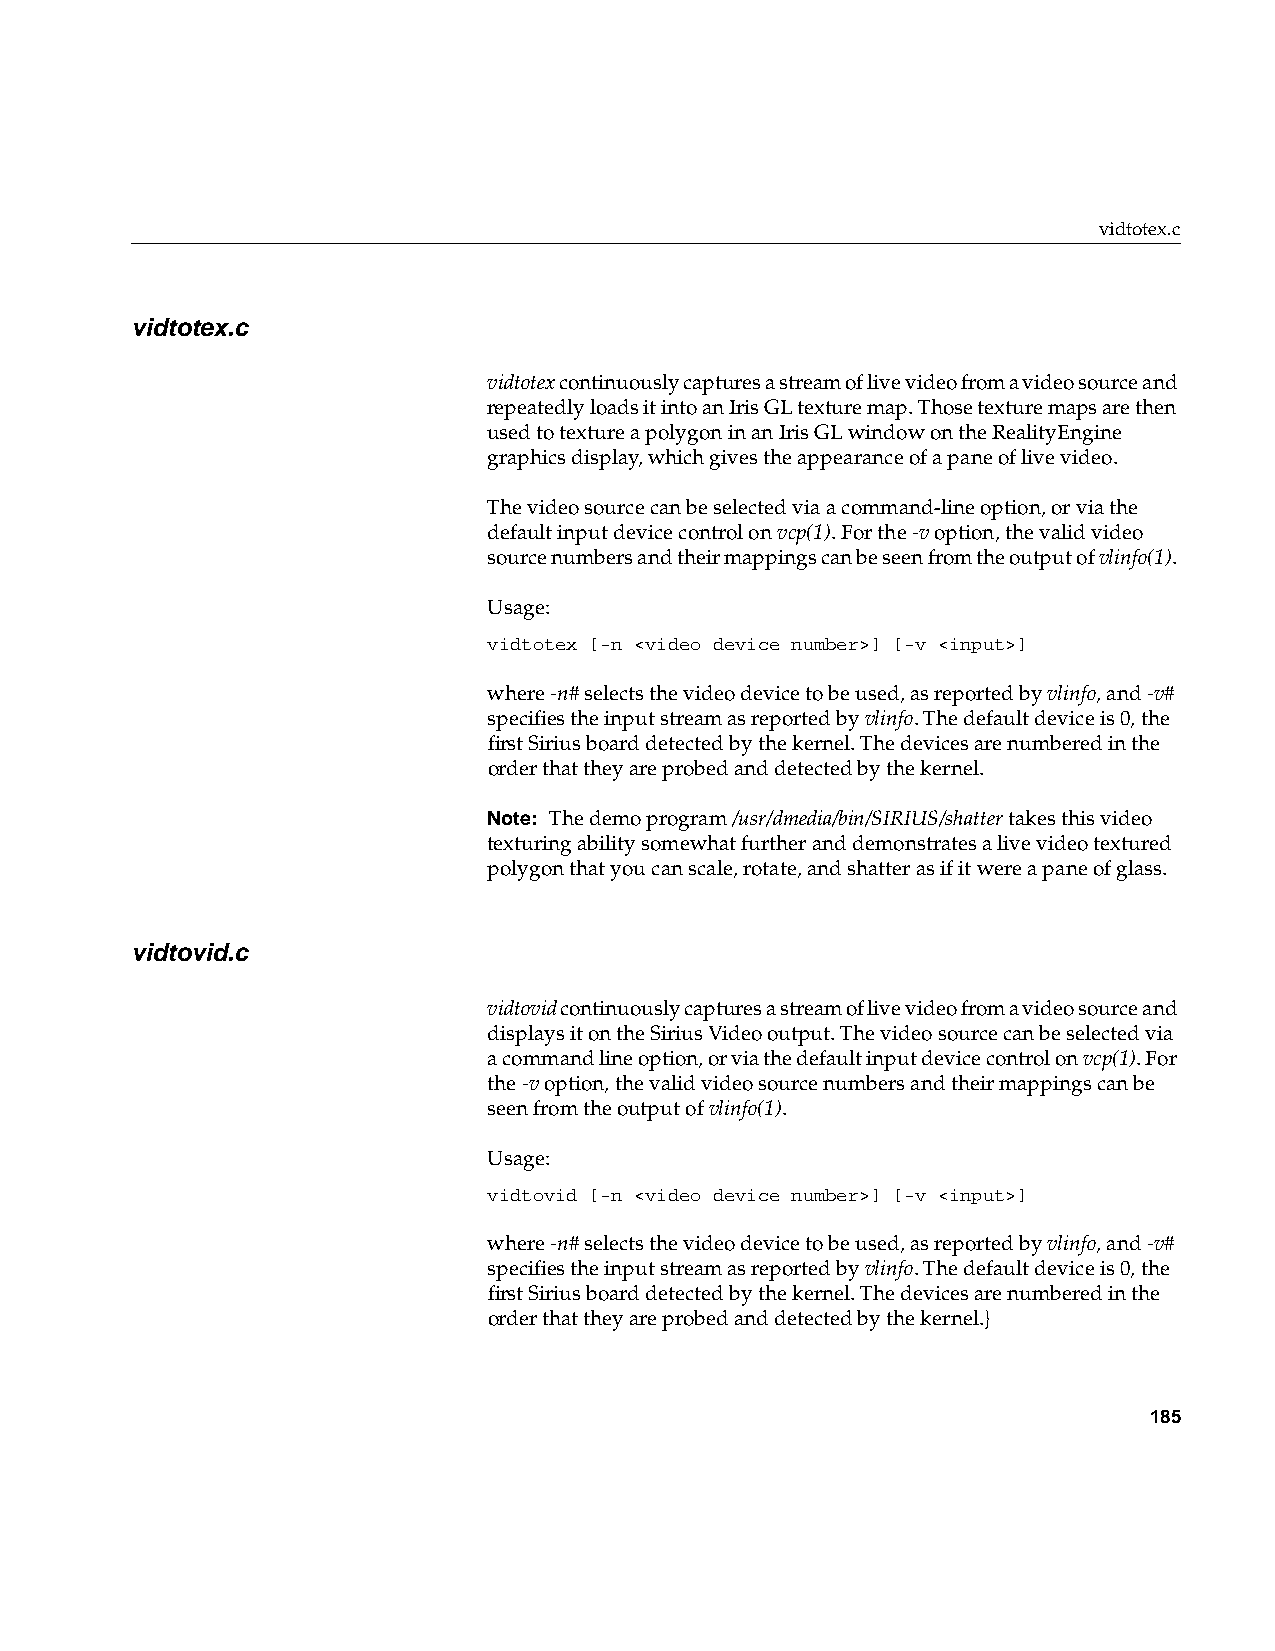
vidtotex.c
 vidtotex.c
 vidtotex continuously captures a stream of live video from a video source and
 repeatedly loads it into an Iris GL texture map. Those texture maps are then
 used to texture a polygon in an Iris GL window on the RealityEngine
 graphics display, which gives the appearance of a pane of live video.
 The video source can be selected via a command-line option, or via the
 default input device control onvcp(1). For the-v option, the valid video
 source numbers and their mappings can be seen from the output ofvlinfo(1).
 Usage:
 vidtotex [-n <video device number>] [-v <input>]
 where-n# selects the video device to be used, as reported byvlinfo, and-v#
 specifies the input stream as reported byvlinfo. The default device is 0, the
 first Sirius board detected by the kernel. The devices are numbered in the
 order that they are probed and detected by the kernel.
 Note: The demo program/usr/dmedia/bin/SIRIUS/shatter takes this video
 texturing ability somewhat further and demonstrates a live video textured
 polygon that you can scale, rotate, and shatter as if it were a pane of glass.
 vidtovid.c
 vidtovid continuously captures a stream of live video from a video source and
 displays it on the Sirius Video output. The video source can be selected via
 a command line option, or via the default input device control onvcp(1). For
 the-v option, the valid video source numbers and their mappings can be
 seen from the output ofvlinfo(1).
 Usage:
 vidtovid [-n <video device number>] [-v <input>]
 where-n# selects the video device to be used, as reported byvlinfo, and-v#
 specifies the input stream as reported byvlinfo. The default device is 0, the
 first Sirius board detected by the kernel. The devices are numbered in the
 order that they are probed and detected by the kernel.}
 185